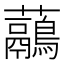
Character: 虉